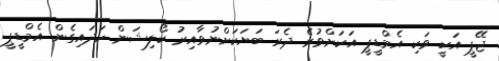
ޖޭޕީ އަކީ ވަކި އެމްޑީޕީ އަކަށްވުރެ ދެރަ ބަޔަކަށްނުވާއިރު ކޯލިޝަން ހަދައިގެން އެމްޑީޕީ